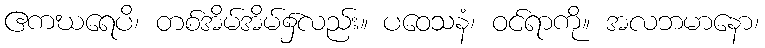
ဧကဃရေပိ၊ တစ်အိမ်အိမ်၌လည်း။ ပဝေသနံ၊ ဝင်ရာကို။ အလဘမာနော၊